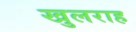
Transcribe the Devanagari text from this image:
खुलराह